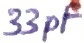
Text: 33pF